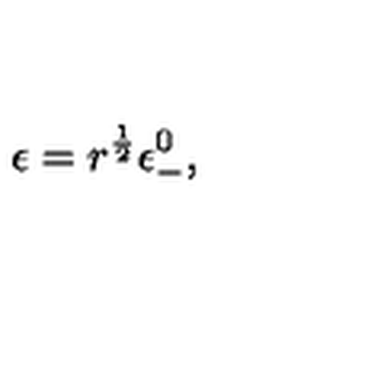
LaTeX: \epsilon = r ^ { \frac { 1 } { 2 } } \epsilon _ { - } ^ { 0 } ,